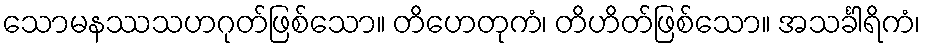
သောမနဿသဟဂုတ်ဖြစ်သော။ တိဟေတုကံ၊ တိဟိတ်ဖြစ်သော။ အသင်္ခါရိကံ၊